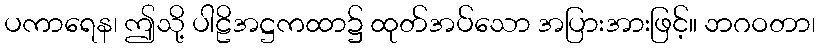
ပကာရေန၊ ဤသို့ ပါဠိအဋ္ဌကထာ၌ ထုတ်အပ်သော အပြားအားဖြင့်။ ဘဂဝတာ၊